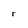
Character: r